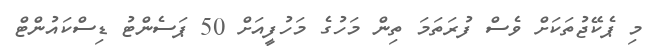
މި ޕެކޭޖުތަކަށް ވެސް ފުރަތަމަ ތިން މަހުގެ މަހުފީއަށް 50 ޕަސެންޓު ޑިސްކައުންޓް